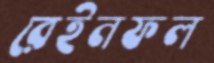
রেইনফল